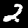
Label: 2